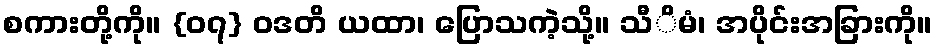
စကားတို့ကို။ {၀၇} ဝဒတိ ယထာ၊ ပြောသကဲ့သို့။ သီိမံ၊ အပိုင်းအခြားကို။